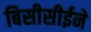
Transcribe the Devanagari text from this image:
बिसीसीईने